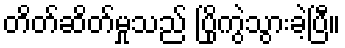
တိတ်ဆိတ်မှုသည် ပြိုကွဲသွားခဲ့ပြီ။